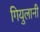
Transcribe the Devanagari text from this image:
गियुलानी